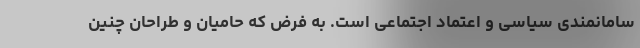
سامانمندی سیاسی و اعتماد اجتماعی است. به فرض که حامیان و طراحان چنین